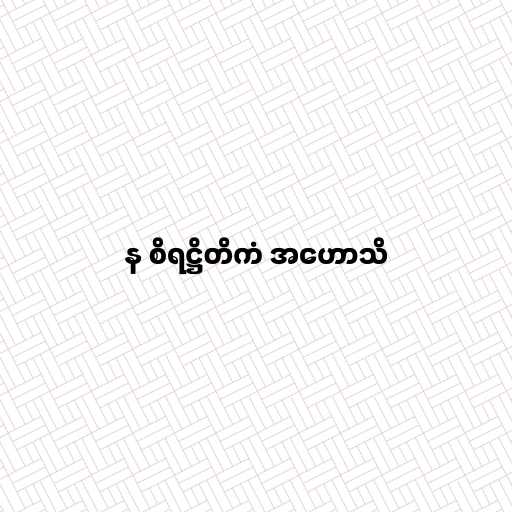
န စိရဋ္ဌိတိကံ အဟောသိ